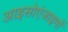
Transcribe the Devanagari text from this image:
आइसोएंजाइमों